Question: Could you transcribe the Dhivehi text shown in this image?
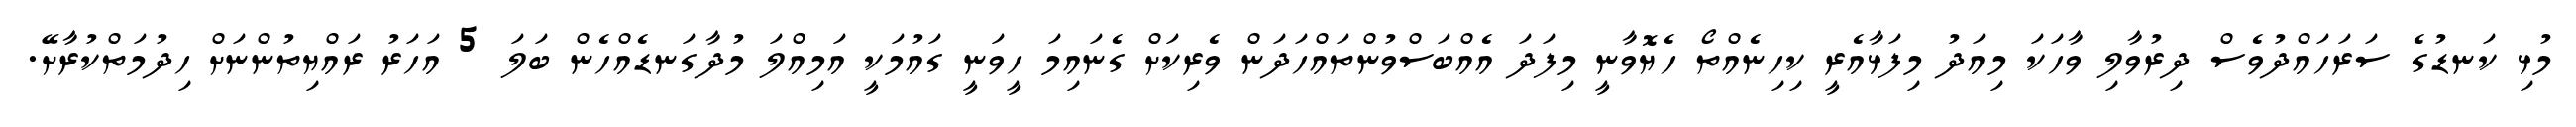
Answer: މުޅި ކަނޑުގެ ސަރަހައްދުވެސް ދިރުވާލި ވާހަކަ މިއަދު މިފަޅާއެރީ ކިހިނެއްތޯ ހެޔޮވާނީ މިފަދަ އެއްބަސްވުންތައްހަދަން ވެރިކަށް ގެނައިމަ ހީވަނީ ގައުމަކީ އަމިއްލަ މުދާގަނޑެއްހެން ބަލަ 5 އަހަރު ރައްޔިތުންނަށް ހިދުމަތްކުރާށޭ.